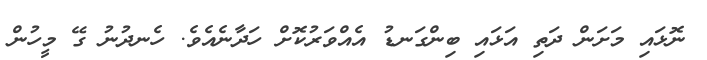
ނޮޅައި މަށަން ދަތި އަޅައި ބިންގަނޑު އެއްވަރުކޮށް ހަދާނެއެވެ. ހެނދުނު ގޭ މީހުން